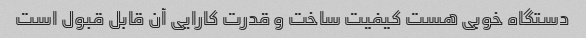
دستگاه خوبی هست کیفیت ساخت و قدرت کارایی آن قابل قبول است